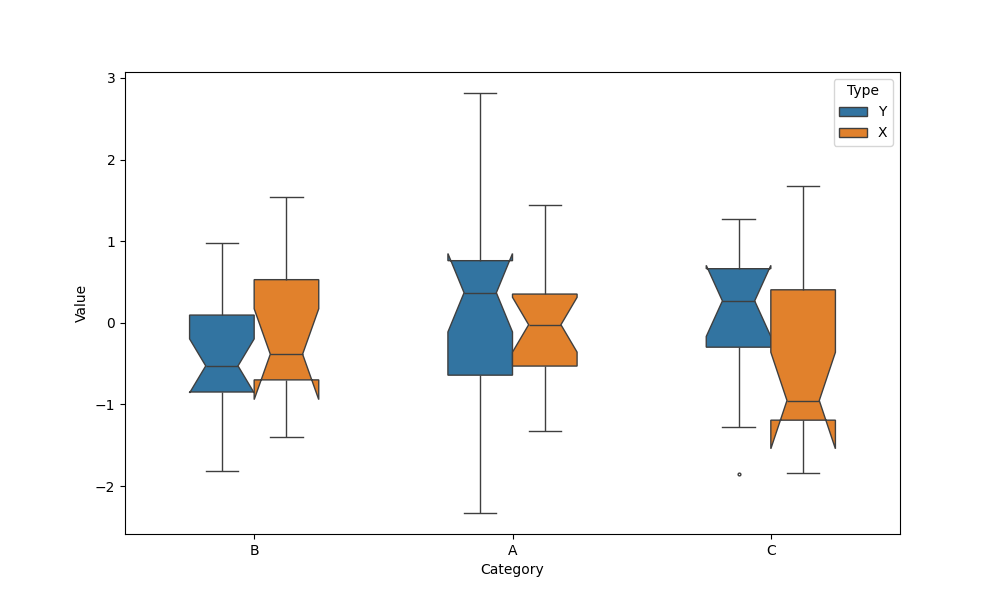
python, seaborn, boxplot, width=0.5, linewidth=1, fliersize=2, notch=True